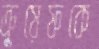
ক্রুয়েফকে